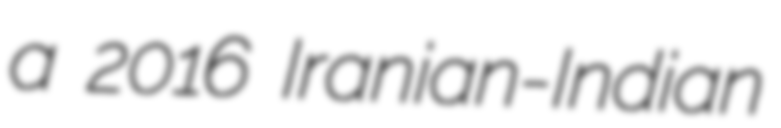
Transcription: a 2016 Iranian-Indian